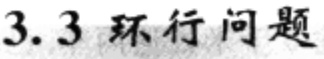
3.3 环行问题